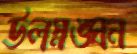
উলস্নঙ্ঘন